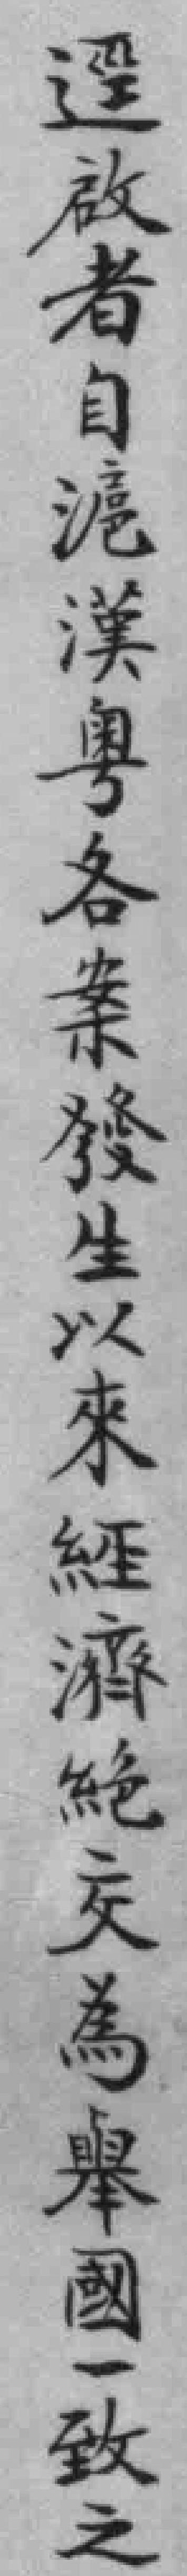
逕啟者自滬漢粵各案發生以來經濟絕交為舉國一致之